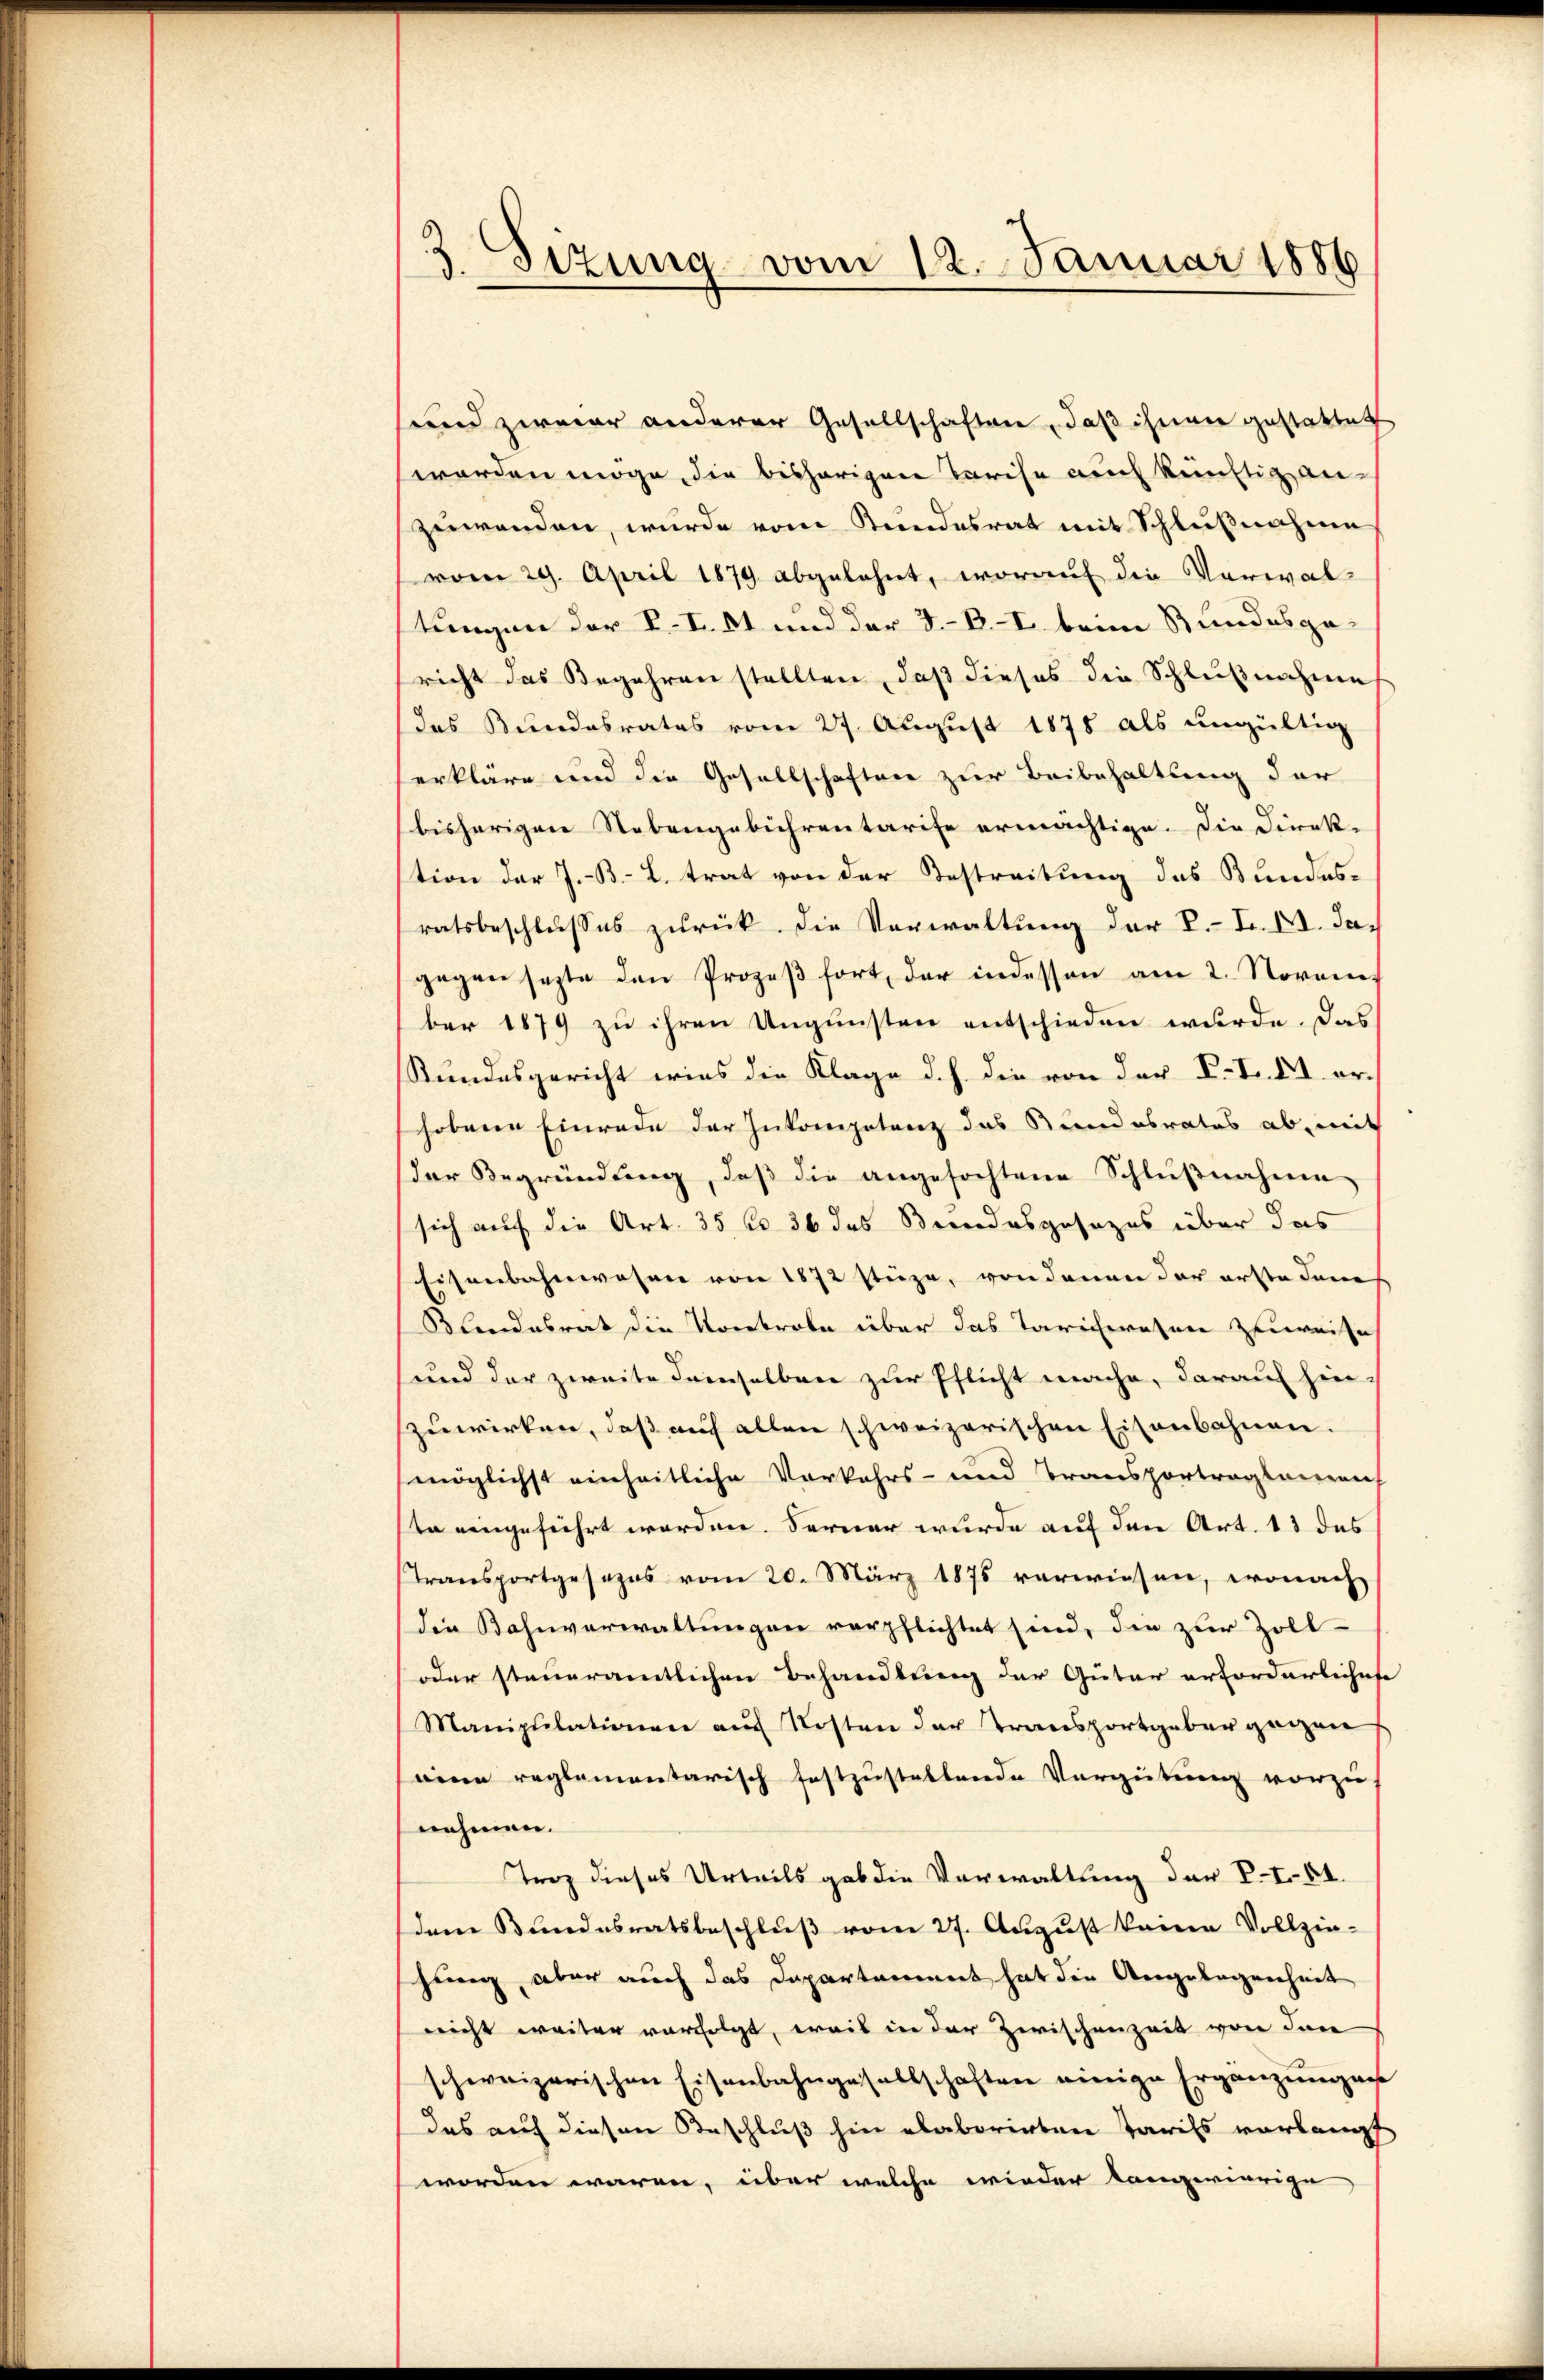
3. Sizung vom 12. Januar 1886

sund zweier anderer Gesellschaften, daß ihnen gestattet
worden möge, die bisherigen Tarise auch künftig an-
zuwenden, wurde vom Stundesrat mit Schlußnahme
vom 29. April 1879 abgelehnt, worauf die Verwal-
tungen der V. I. 51 und der B.-B. I. beim Stundesgericht das Begehren stellten, daß dieses die Schlußnahme
das Bundesrates vom 27. August 1878 als ungültig
erkläre und die Gesellschaften zur Beibehaltung der
bisherigen Nebengebührentarife ermächtige. Die Direk-
tion der J.-B. B. trat von der Bestreitung des Bundesratsbeschlusses zurück. Die Verwaltung der V.- I. II. Jagegen sezte den Prozeß fort, der indessen am 2. November 1879 zu ihren Ungunsten entschieden wurde. Das
Rundesgericht wies die Klage d. h. die von der V. F. XI. erhobene Einrade der Inkompetenz das Kundesrates ab, mit
der Begründung, daß die angefochtene Schlußnahme
sich auf die Art. 35 f 36 des Beendesgesezes über das
Eisenbahnwesen von 1872 stüze, von denen der erste dans
Blandesrat die Vorerole über das Taricheresen zuweise
und der zweite demselben zur Pflicht mache, darauf hin-
zuwirken, daß auch allen schweizerischen Eisenbahnen.
möglichst einheitliche Vorkehrs- und Transportragtamen,
sta eingeführt werden. Ferner wurde auf den Art. 13 das
Transportgesezes vom 20. März 1875 verwiesen, wonach
Die Bahnverwaltungen verpflichtet sind, die zur Zoll-
oder steueramtlichen Behandlung der Güter erforderlichese
Manipulationen auf Kosten der Transportgeber gegen
eine reglementarisch festzustellende Vergütung vorzu-
nehmen.
Troz dieses Urteils gab die Verwaltung der V.I.-51.
dem Bundesratsbeschluß vom 27. August keine Vollzin-
schung aber auch das Dapartament hat die Angelegenheit
nicht weiter vorfolgt, weil in der Zwischenzeit von den
schweizerischen Eisenbahngesellschaften einige Ergänzungen
das auf diesen Beschluß hin elaborirten Paris vorlangt
worden wären, über welche wieder kamerierige